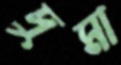
দুমা